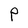
Character: P